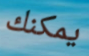
يمكنك